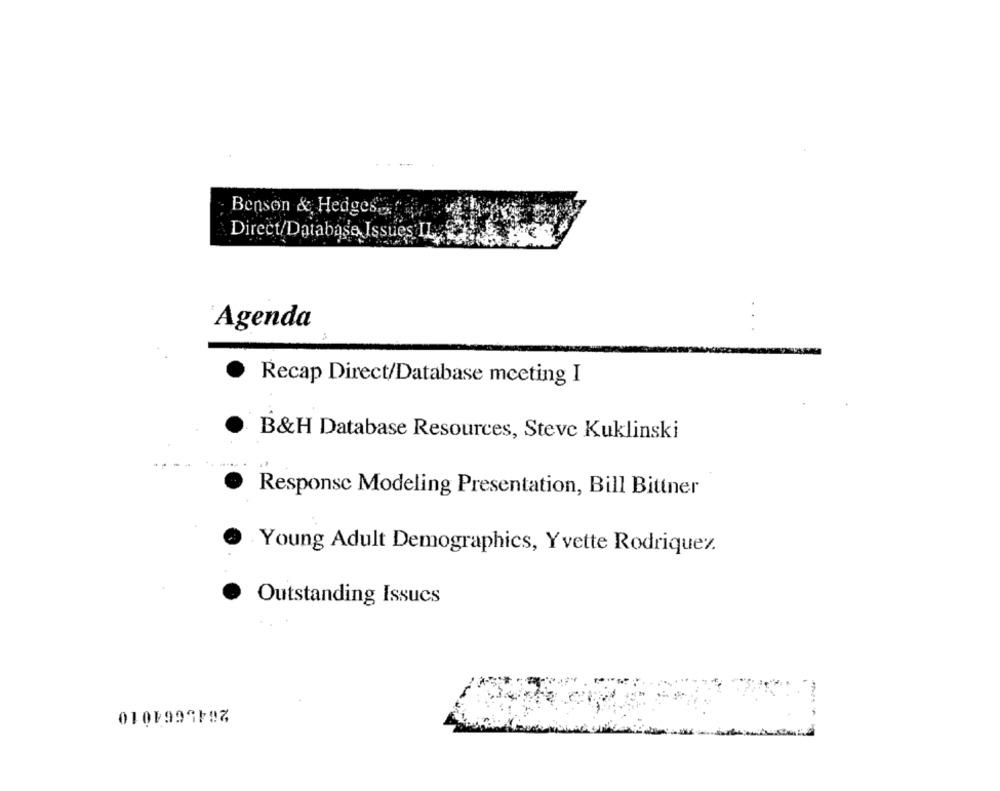
Benson & Hedgesa
Direct/Database Issues IL
Agenda
Recap Direct/Database meeting I
B&H Database Resources, Steve Kuklinski
Responsc Modeling Presentation, Bill Bittner
Young Adult Demographics, Yvette Rodriquez.
.
Outstanding Issues
2645664010